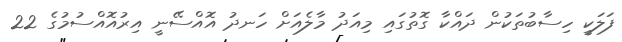
ފަލަކީ ހިސާބުތަކުން ދައްކާ ގޮތުގައި މިއަދު މާލެއަށް ހަނދު އޮއްސޭނީ އިރުއޮއްސުމުގެ 22